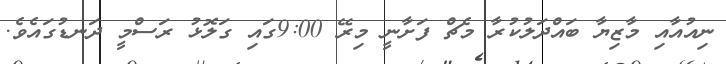
ނިއުއާއި މާޒިޔާ ބައްދަލުކުރާ މެޗް ފަށާނީ މިރޭ 9:00ގައި ގަލޮޅު ރަސްމީ ދަނޑުގައެވެ.